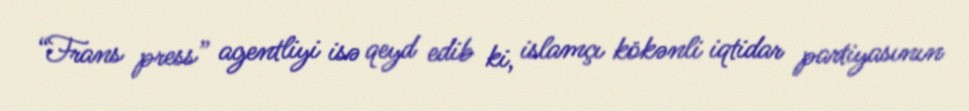
“Frans press” agentliyi isə qeyd edib ki, islamçı kökənli iqtidar partiyasının